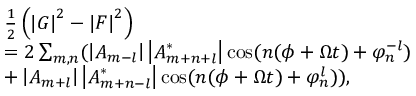
\begin{array} { r l } & { \frac { 1 } { 2 } \left( \left\vert G \right\vert ^ { 2 } - \left\vert F \right\vert ^ { 2 } \right) } \\ & { = 2 \sum _ { m , n } ( \left\vert A _ { m - l } \right\vert \left\vert A _ { m + n + l } ^ { \ast } \right\vert \cos ( n ( \phi + \Omega t ) + \varphi _ { n } ^ { - l } ) } \\ & { + \left\vert A _ { m + l } \right\vert \left\vert A _ { m + n - l } ^ { \ast } \right\vert \cos ( n ( \phi + \Omega t ) + \varphi _ { n } ^ { l } ) ) , } \end{array}